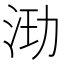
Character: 𰛞